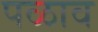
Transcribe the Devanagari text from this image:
पळाव